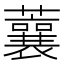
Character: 蘘